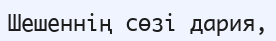
Шешеннің сөзі дария,